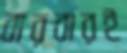
বারবারই